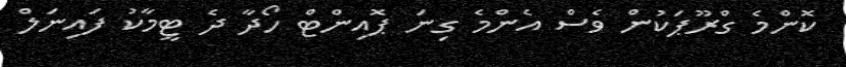
ކޮންމެ ގްރޫޕަކުން ވެސް އެންމެ ގިނަ ޕޮއިންޓް ހޯދާ ދެ ޓީމާކު ފައިނަލް